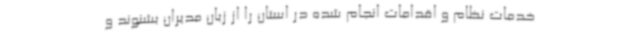
خدمات نظام و اقدامات انجام شده در استان را از زبان مدیران بشنوند و